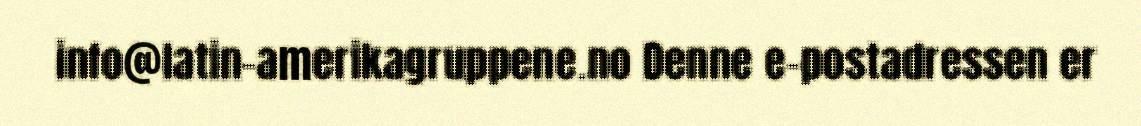
info@latin-amerikagruppene.no Denne e-postadressen er